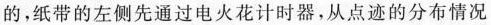
的，纸带的左侧先通过电火花计时器，从点迹的分布情况